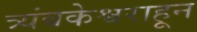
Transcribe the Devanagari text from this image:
त्र्यंबकेश्वराहून